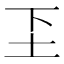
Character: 𬻁